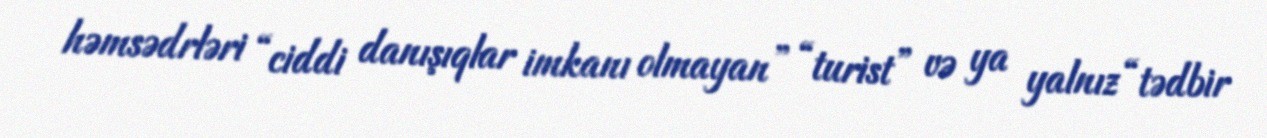
həmsədrləri “ciddi danışıqlar imkanı olmayan” “turist” və ya yalnız “tədbir